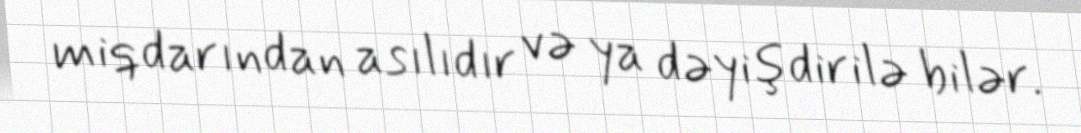
miqdarından asılıdır və ya dəyişdirilə bilər.